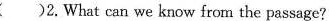
( )2.What can we know from the passage?